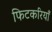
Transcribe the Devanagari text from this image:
फिटकरियाँ